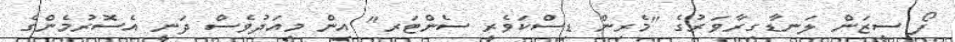
ފޯ ސީޒަން ލަނޑާގިރާވަރުގެ "މެރިން ޑިސްކަވެރީ ސެންޓަރ" އިން މިއަދުވެސް ދަނީ އެސޮރުމެންގެ